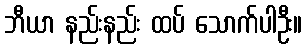
ဘီယာ နည်းနည်း ထပ် သောက်ပါဦး။